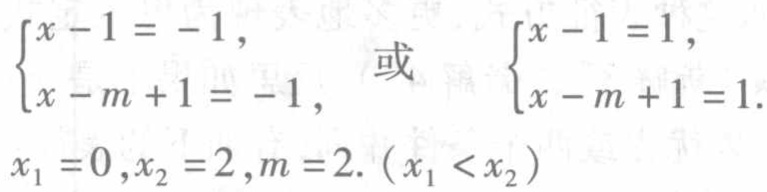
$\begin{cases}x - 1 = -1, \\x - m + 1 = -1, \end{cases}$ 或 $\begin{cases}x - 1 = 1, \\x - m + 1 = 1. \end{cases}$
$x_1 = 0,x_2 = 2,m = 2.(x_1 < x_2)$